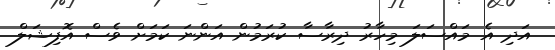
އަދި އެ މައްސަލަ މިހާރު ދިރާސާ ކުރަމުން އަންނަ ކަމަށް ވެސް އޮފިޝަލް